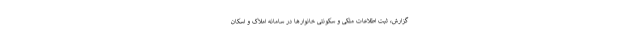
گزارش، ثبت اطلاعات ملکی و سکونتی خانوارها در سامانه املاک و اسکان